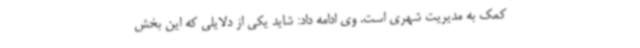
کمک به مدیریت شهری است. وی ادامه داد: شاید یکی از دلایلی که این بخش